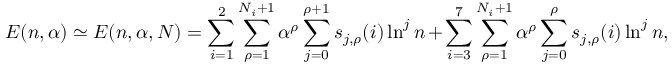
E ( n , \alpha ) \simeq E ( n , \alpha , { \cal N } ) = \sum _ { i = 1 } ^ { 2 } \sum _ { \rho = 1 } ^ { N _ { i } + 1 } \alpha ^ { \rho } \sum _ { j = 0 } ^ { \rho + 1 } s _ { j , \rho } ( i ) \ln ^ { j } n + \sum _ { i = 3 } ^ { 7 } \sum _ { \rho = 1 } ^ { N _ { i } + 1 } \alpha ^ { \rho } \sum _ { j = 0 } ^ { \rho } s _ { j , \rho } ( i ) \ln ^ { j } n ,